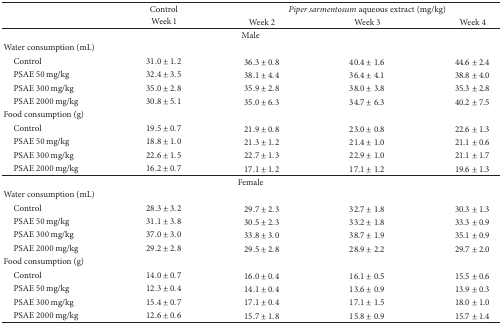
<table><thead><tr><td><b> </b></td><td><b>Control</b></td><td colspan="3"><b><i>Piper sarmentosum</i> aqueous extract (mg/kg)</b></td></tr><tr><td><b> </b></td><td><b>Week 1</b></td><td><b>Week 2</b></td><td><b>Week 3</b></td><td><b>Week 4</b></td></tr></thead><tbody><tr><td colspan="5">Male</td></tr><tr><td>Water consumption (mL)</td><td> </td><td> </td><td> </td><td> </td></tr><tr><td> Control</td><td>31.0 ± 1.2</td><td>36.3 ± 0.8</td><td>40.4 ± 1.6</td><td>44.6 ± 2.4</td></tr><tr><td> PSAE 50 mg/kg</td><td>32.4 ± 3.5</td><td>38.1 ± 4.4</td><td>36.4 ± 4.1</td><td>38.8 ± 4.0</td></tr><tr><td> PSAE 300 mg/kg</td><td>35.0 ± 2.8</td><td>35.9 ± 2.8</td><td>38.0 ± 3.8</td><td>35.3 ± 2.8</td></tr><tr><td> PSAE 2000 mg/kg</td><td>30.8 ± 5.1</td><td>35.0 ± 6.3</td><td>34.7 ± 6.3</td><td>40.2 ± 7.5</td></tr><tr><td>Food consumption (g)</td><td> </td><td> </td><td> </td><td> </td></tr><tr><td> Control</td><td>19.5 ± 0.7</td><td>21.9 ± 0.8</td><td>23.0 ± 0.8</td><td>22.6 ± 1.3</td></tr><tr><td> PSAE 50 mg/kg</td><td>18.8 ± 1.0</td><td>21.3 ± 1.2</td><td>21.4 ± 1.0</td><td>21.1 ± 0.6</td></tr><tr><td> PSAE 300 mg/kg</td><td>22.6 ± 1.5</td><td>22.7 ± 1.3</td><td>22.9 ± 1.0</td><td>21.1 ± 1.7</td></tr><tr><td> PSAE 2000 mg/kg</td><td>16.2 ± 0.7</td><td>17.1 ± 1.2</td><td>17.1 ± 1.2</td><td>19.6 ± 1.3</td></tr><tr><td colspan="5">Female</td></tr><tr><td>Water consumption (mL)</td><td> </td><td> </td><td> </td><td> </td></tr><tr><td> Control</td><td>28.3 ± 3.2</td><td>29.7 ± 2.3</td><td>32.7 ± 1.8</td><td>30.3 ± 1.3</td></tr><tr><td> PSAE 50 mg/kg</td><td>31.1 ± 3.8</td><td>30.5 ± 2.3</td><td>33.2 ± 1.8</td><td>33.3 ± 0.9</td></tr><tr><td> PSAE 300 mg/kg</td><td>37.0 ± 3.0</td><td>33.8 ± 3.0</td><td>38.7 ± 1.9</td><td>35.1 ± 0.9</td></tr><tr><td> PSAE 2000 mg/kg</td><td>29.2 ± 2.8</td><td>29.5 ± 2.8</td><td>28.9 ± 2.2</td><td>29.7 ± 2.0</td></tr><tr><td>Food consumption (g)</td><td> </td><td> </td><td> </td><td> </td></tr><tr><td> Control</td><td>14.0 ± 0.7</td><td>16.0 ± 0.4</td><td>16.1 ± 0.5</td><td>15.5 ± 0.6</td></tr><tr><td> PSAE 50 mg/kg</td><td>12.3 ± 0.4</td><td>14.1 ± 0.4</td><td>13.6 ± 0.9</td><td>13.9 ± 0.3</td></tr><tr><td> PSAE 300 mg/kg</td><td>15.4 ± 0.7</td><td>17.1 ± 0.4</td><td>17.1 ± 1.5</td><td>18.0 ± 1.0</td></tr><tr><td> PSAE 2000 mg/kg</td><td>12.6 ± 0.6</td><td>15.7 ± 1.8</td><td>15.8 ± 0.9</td><td>15.7 ± 1.4</td></tr></tbody></table>